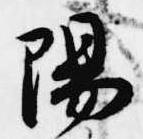
陽